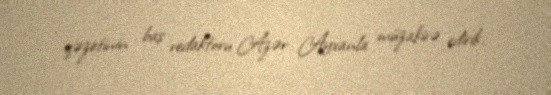
qəzetinin baş redaktoru Azər Ayxanla müzakirə edirik.